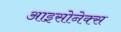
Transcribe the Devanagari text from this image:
आइसोनेक्स